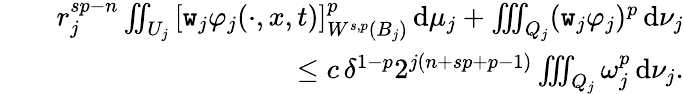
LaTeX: \begin{array}{rlr}&{}&{r_{j}^{sp-n}\iint_{U_{j}}\, [\texttt{w}_{j}\varphi_{j}(\cdot,x,t)]_{W^{s,p}(B_{j})}^{p}\, \mathrm{d}\mu_{j}+\iiint_{Q_{j}}(\texttt{w}_{j}\varphi_{j})^{p}\, \mathrm{d}\nu_{j}}\\ &{}&{\qquad\le c\, \delta^{1-p}2^{j(n+sp+p-1)}\iiint_{Q_{j}}\omega_{j}^{p}\, \mathrm{d}\nu_{j}.}\end{array}